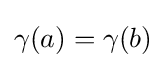
\gamma (a)=\gamma (b)